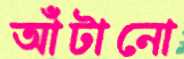
আঁটানো